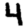
Digit: 4